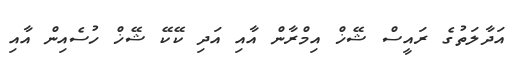
އަދާލަތުގެ ރައީސް ޝޭޚް އިމްރާން އާއި އަދި ކޭކޭ ޝޭޚް ހުސެއިން އާއި